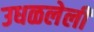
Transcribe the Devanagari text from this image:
उधळलेली